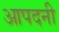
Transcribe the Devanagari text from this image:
आपदनी